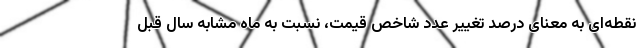
نقطه‌ای به معنای درصد تغییر عدد شاخص قیمت، نسبت به ماه مشابه سال قبل